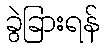
ခွဲခြားရန်